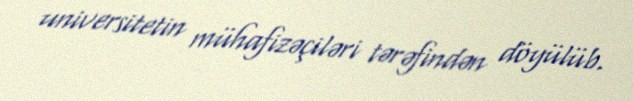
universitetin mühafizəçiləri tərəfindən döyülüb.